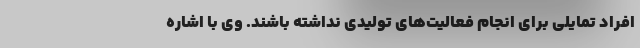
افراد تمایلی برای انجام فعالیت‌های تولیدی نداشته باشند. وی با اشاره